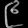
Digit: ၉